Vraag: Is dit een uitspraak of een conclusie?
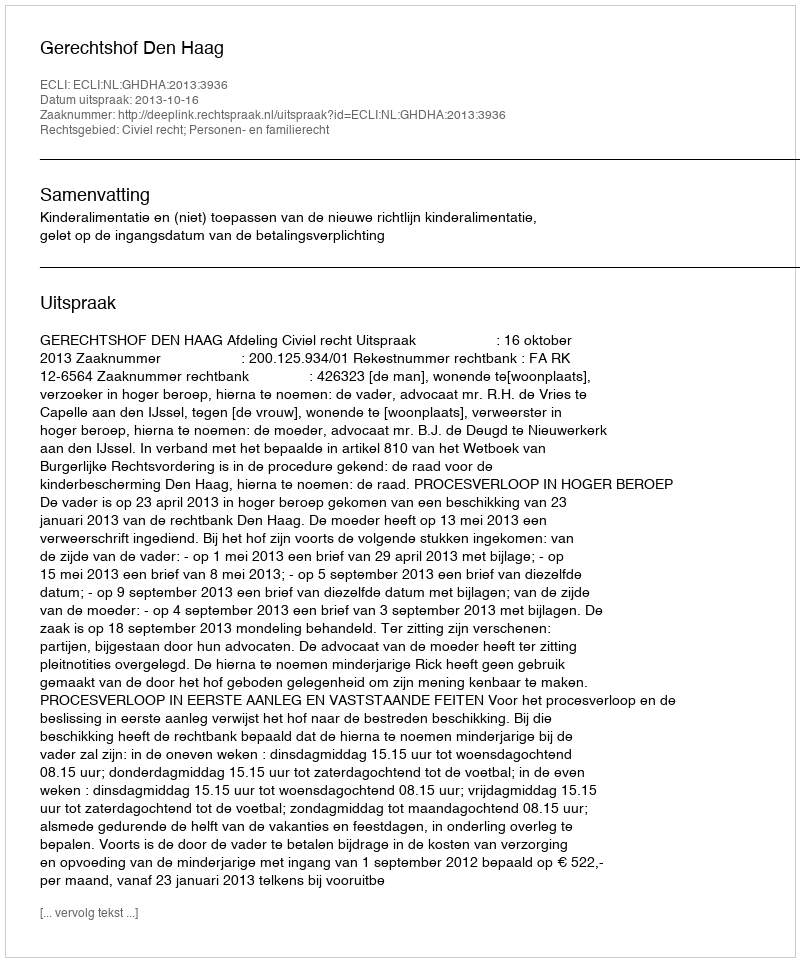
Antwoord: Uitspraak